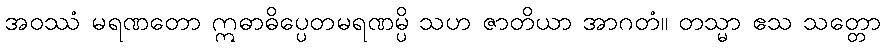
အဝဿံ မရဏတော ဣဓာဓိပ္ပေတမရဏမ္ပိ သဟ ဇာတိယာ အာဂတံ။ တသ္မာ ဧသ သတ္တော